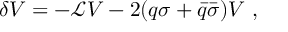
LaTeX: \delta V = - { \mathcal L } V - 2 ( q \sigma + { \bar { q } } { \bar { \sigma } } ) V \ ,